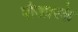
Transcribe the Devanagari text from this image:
पीआरके